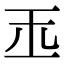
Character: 𤣪